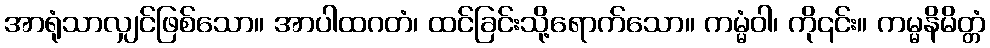
အာရုံသာလျှင်ဖြစ်သော။ အာပါထဂတံ၊ ထင်ခြင်းသို့ရောက်သော။ ကမ္မံဝါ၊ ကို၎င်း။ ကမ္မနိမိတ္တံ